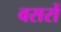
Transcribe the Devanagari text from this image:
वसरों